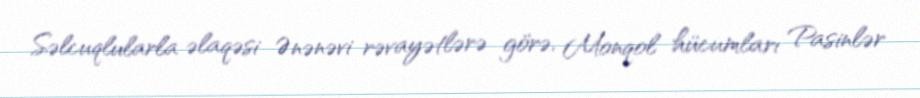
Səlcuqlularla əlaqəsi Ənənəvi rəvayətlərə görə, Monqol hücumları Pasinlər